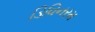
ડિવિનરમ